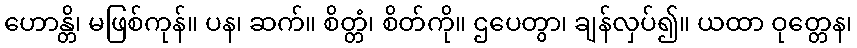
ဟောန္တိ၊ မဖြစ်ကုန်။ ပန၊ ဆက်။ စိတ္တံ၊ စိတ်ကို။ ဌပေတွာ၊ ချန်လှပ်၍။ ယထာ ဝုတ္တေန၊